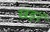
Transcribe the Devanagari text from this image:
खइरं